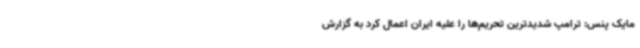
مایک پنس: ترامپ شدیدترین تحریم‌ها را علیه ایران اعمال کرد به گزارش